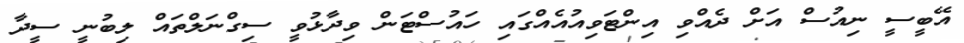
އޭބީސީ ނިއުސް އަށް ދެއްވި އިންޓަވިއުއެއްގައި ހައުސްޓަން ވިދާޅުވީ ސިގްނަލްތައް ލިބުނީ ސީދާ